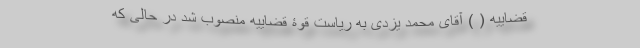
قضاییه ( ) آقای محمد یزدی به ریاست قوۀ قضاییه منصوب شد در حالی که